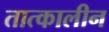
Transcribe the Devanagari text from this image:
तात्‍कालीन